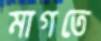
মাগতে